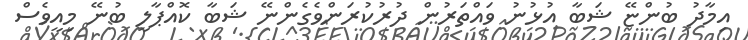
އިމާދު ބުންޏޭ ޝަބާ އުޅުނު ވައްތަރުން ދުރުކުރަންވެގެންނޭ ޝަބާ ކޮއްޕާލީ ބުނޭ މިއީވެސް